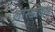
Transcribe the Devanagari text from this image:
लांस्डोवन